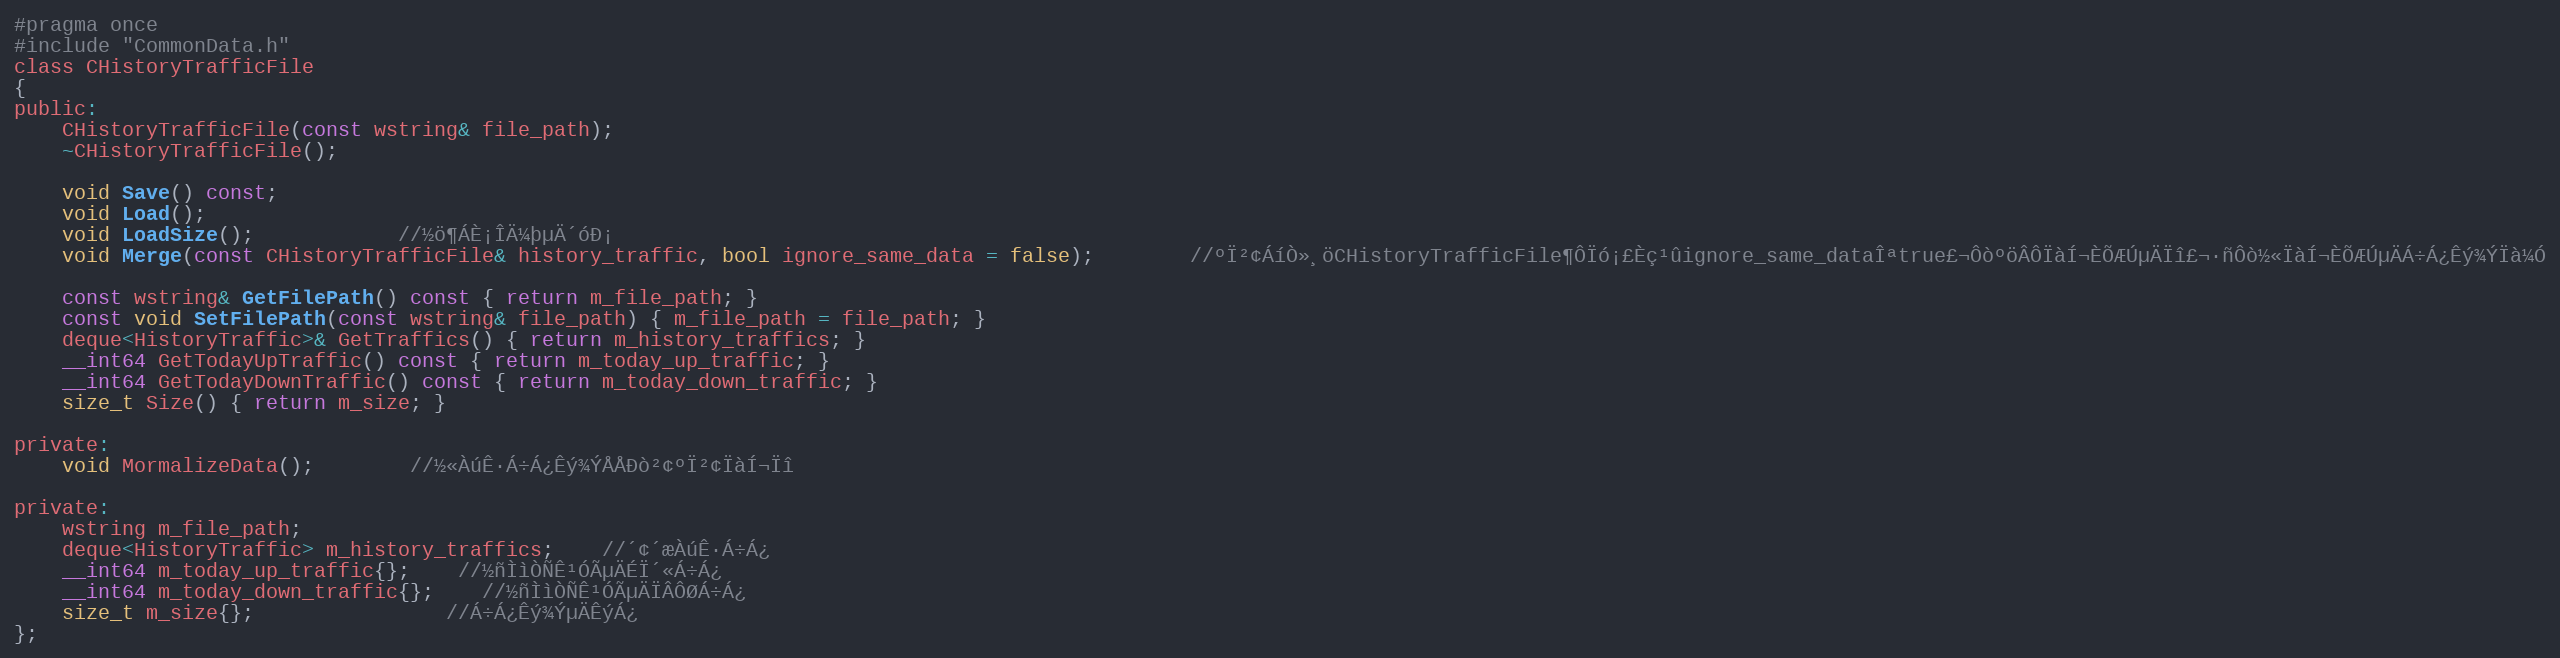
Language: C
#pragma once
#include "CommonData.h"
class CHistoryTrafficFile
{
public:
	CHistoryTrafficFile(const wstring& file_path);
	~CHistoryTrafficFile();

	void Save() const;
	void Load();
	void LoadSize();			//½ö¶ÁÈ¡ÎÄ¼þµÄ´óÐ¡
	void Merge(const CHistoryTrafficFile& history_traffic, bool ignore_same_data = false);		//ºÏ²¢ÁíÒ»¸öCHistoryTrafficFile¶ÔÏó¡£Èç¹ûignore_same_dataÎªtrue£¬ÔòºöÂÔÏàÍ¬ÈÕÆÚµÄÏî£¬·ñÔò½«ÏàÍ¬ÈÕÆÚµÄÁ÷Á¿Êý¾ÝÏà¼Ó

	const wstring& GetFilePath() const { return m_file_path; }
	const void SetFilePath(const wstring& file_path) { m_file_path = file_path; }
	deque<HistoryTraffic>& GetTraffics() { return m_history_traffics; }
	__int64 GetTodayUpTraffic() const { return m_today_up_traffic; }
	__int64 GetTodayDownTraffic() const { return m_today_down_traffic; }
	size_t Size() { return m_size; }

private:
	void MormalizeData();		//½«ÀúÊ·Á÷Á¿Êý¾ÝÅÅÐò²¢ºÏ²¢ÏàÍ¬Ïî

private:
	wstring m_file_path;
	deque<HistoryTraffic> m_history_traffics;	//´¢´æÀúÊ·Á÷Á¿
	__int64 m_today_up_traffic{};	//½ñÌìÒÑÊ¹ÓÃµÄÉÏ´«Á÷Á¿
	__int64 m_today_down_traffic{};	//½ñÌìÒÑÊ¹ÓÃµÄÏÂÔØÁ÷Á¿
	size_t m_size{};				//Á÷Á¿Êý¾ÝµÄÊýÁ¿
};